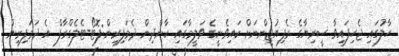
ހާލުގައި ޖެހިފައިވާ ސީރިޔާގެ ރެފިއުޖީންނަށް ކައިވެނީގެ ވަލީމާގައި ކާންދިން ދެމަފިރިން:ފޮޓޯ-ޓެލެގްރާފް އެ ދަމަފިރިން